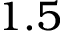
1 . 5